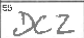
Transcription: DCZ